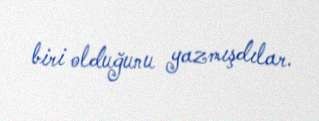
biri olduğunu yazmışdılar.